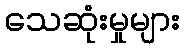
သေဆုံးမှုများ